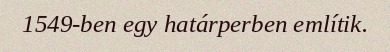
1549-ben egy határperben említik.